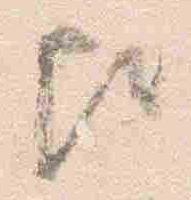
歟